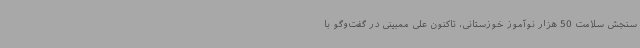
سنجش سلامت 50 هزار نوآموز خوزستانی، تاکنون علی ممبینی در گفت‌وگو با